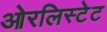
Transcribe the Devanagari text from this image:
ओरलिस्टेट